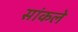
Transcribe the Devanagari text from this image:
सांकले